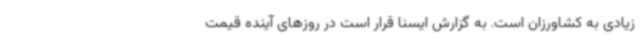
زیادی به کشاورزان است. به گزارش ایسنا قرار است در روزهای آینده قیمت